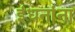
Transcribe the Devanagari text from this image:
इंधनांना